Report on lock hospitals in British Burma
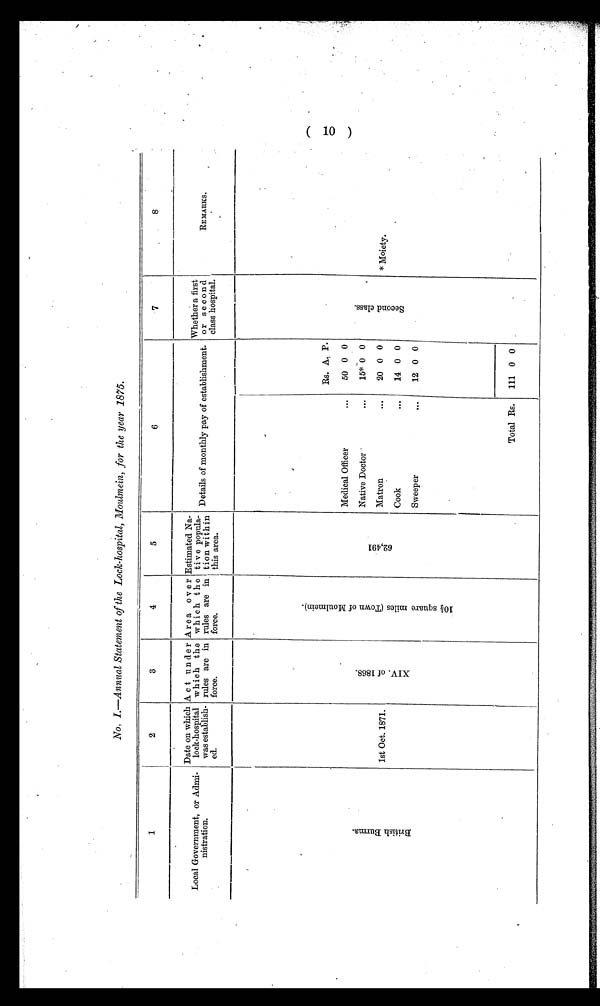
No, I.—Annual Statement of the Lock-hospital, Moulmein, for the year 1875.
1
2
3
4
5
6
7
8
Local Government, or Admi-
nistration.
Date on which
lock-hospital
was establish-
ed.
A c t u n d e r
which the
rules are in
force.
Are a o v e r
which t h e
rules are in
force.
Estimated Na-
tiv e popula-
tion within
this area.
Details of monthly pay of establishment.
Whether a first
or second
class hospital.
REMARKS.
B r i t i s h B u r m a .
.
1st Oct. 1871.
X I V . O F 1 8 6 8 .
1 0 1 / 2 S q u a r e m i l e s ( T o w n o f M o u l m e i n ) .
6 2 , 4 9 1
Rs. A, P.
S e c o n d c l a s s
.
*moiety.
Medical Officer
...
50 0 0
Native Doctor . ...
15* 0 0
Matron
...
20 0 0
Cook
...
14 0 0
Sweeper
...
12 0 0
.
Total Rs.
111 0 0
(10).